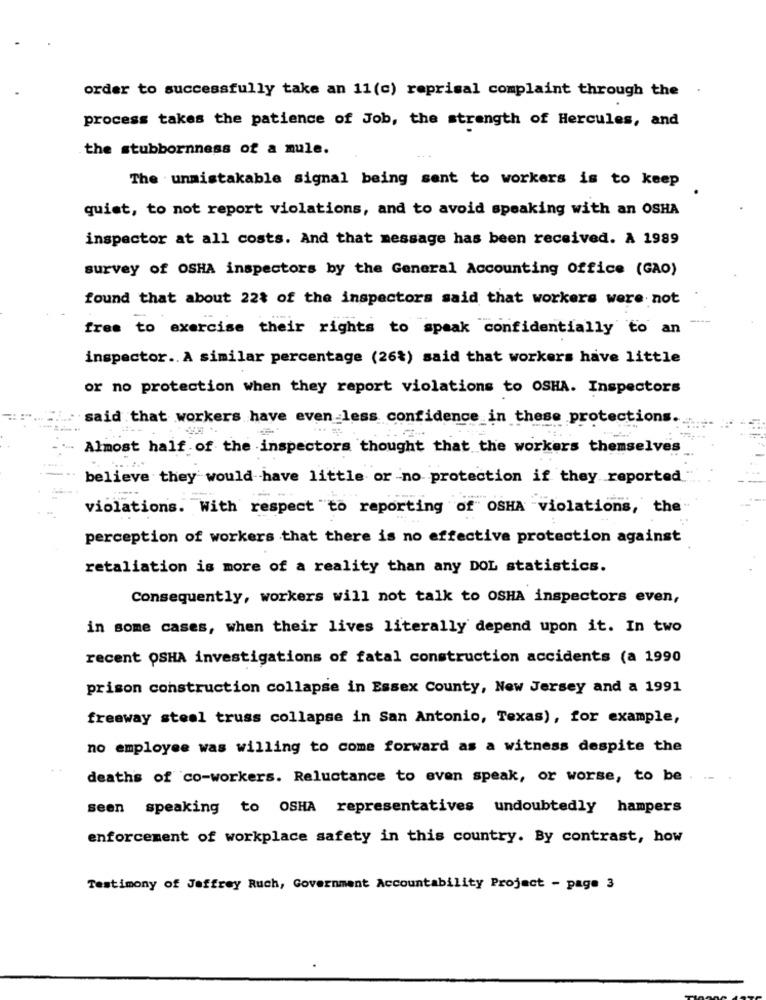
.
order to successfully take an 11(c) reprisal complaint through the
process takes the patience of Job, the strength of Hercules, and
the stubbornness of a mule.
The unmistakable signal being sent to workers is to keep
quiet, to not report violations, and to avoid speaking with an OSHA
inspector at all costs. And that message has been received. A 1989
survey of OSHA inspectors by the General Accounting Office (GAO)
found that about 22% of the inspectors said that workers were not
free to exercise their rights to speak confidentially to an
inspector .. A similar percentage (26%) said that workers have little
or no protection when they report violations to OSHA. Inspectors
said that workers have even less confidence in these protections.
Almost half of the inspectors thought that the workers themselves
believe they would have little or no protection if they reported
-----
violations. With respect to reporting of OSHA violations, the
perception of workers that there is no effective protection against
retaliation is more of a reality than any DOL statistics.
Consequently, workers will not talk to OSHA inspectors even,
in some cases, when their lives literally depend upon it. In two
recent OSHA investigations of fatal construction accidents (a 1990
prison construction collapse in Essex County, New Jersey and a 1991
freeway steal truss collapse in San Antonio, Texas), for example,
no employee was willing to come forward as a witness despite the
deaths of co-workers. Reluctance to even speak, or worse, to be
seen speaking to OSHA representatives undoubtedly hampers
enforcement of workplace safety in this country. By contrast, how
Testimony of Jeffrey Ruch, Government Accountability Project - page 3